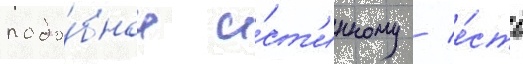
подо́бное и́ст'инному / е́сть